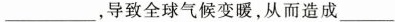
___，导致全球气候变暖，从而造成___